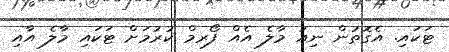
ޓަކައި. އެގޮތުން ނިއު މާލެ އެއް ފޯރމް ކުރުމަށް ޓަކައި މާލެ އާއި